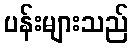
ပန်းများသည်